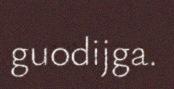
guodijga.